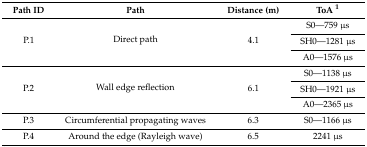
<table><thead><tr><td><b>Path ID</b></td><td><b>Path</b></td><td><b>Distance (m)</b></td><td><b>ToA <sup>1</sup></b></td></tr></thead><tbody><tr><td rowspan="3">P.1</td><td rowspan="3">Direct path</td><td rowspan="3">4.1</td><td>S0—759 μs</td></tr><tr><td>SH0—1281 μs</td></tr><tr><td>A0—1576 μs</td></tr><tr><td rowspan="3">P.2</td><td rowspan="3">Wall edge reflection</td><td rowspan="3">6.1</td><td>S0—1138 μs</td></tr><tr><td>SH0—1921 μs</td></tr><tr><td>A0—2365 μs</td></tr><tr><td>P.3</td><td>Circumferential propagating waves</td><td>6.3</td><td>S0—1166 μs</td></tr><tr><td>P.4</td><td>Around the edge (Rayleigh wave)</td><td>6.5</td><td>2241 μs</td></tr></tbody></table>